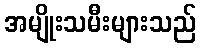
အမျိုးသမီးများသည်